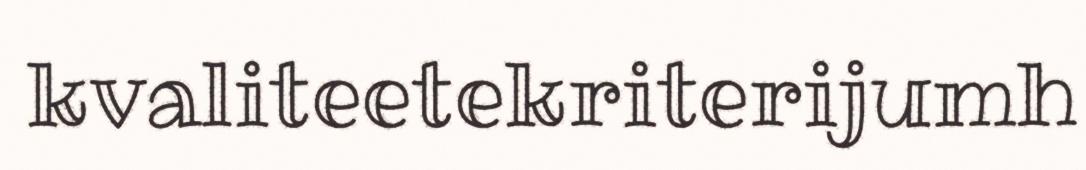
kvaliteetekriterijumh